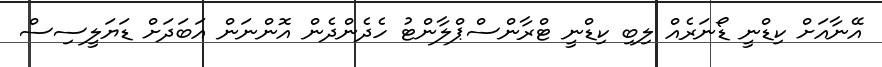
އޭނާއަށް ކިޑްނީ ޑޯނަރެއް ލިބި ކިޑްނީ ޓްރާންސްޕްލާންޓު ހެދެންދެން އޮންނަން އަބަދަށް ޑަޔަލީސިސް